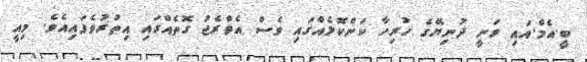
ބީ.އެމް.އައި ވަނީ ދުނިޔޭގެ ހުރިހާ ކަންކޮޅެއްގައި ވެސް އެވްރެޖު ގޮތެއްގައި އިތުރުވެފައިއެވެ. މިއީ